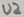
Text: U2